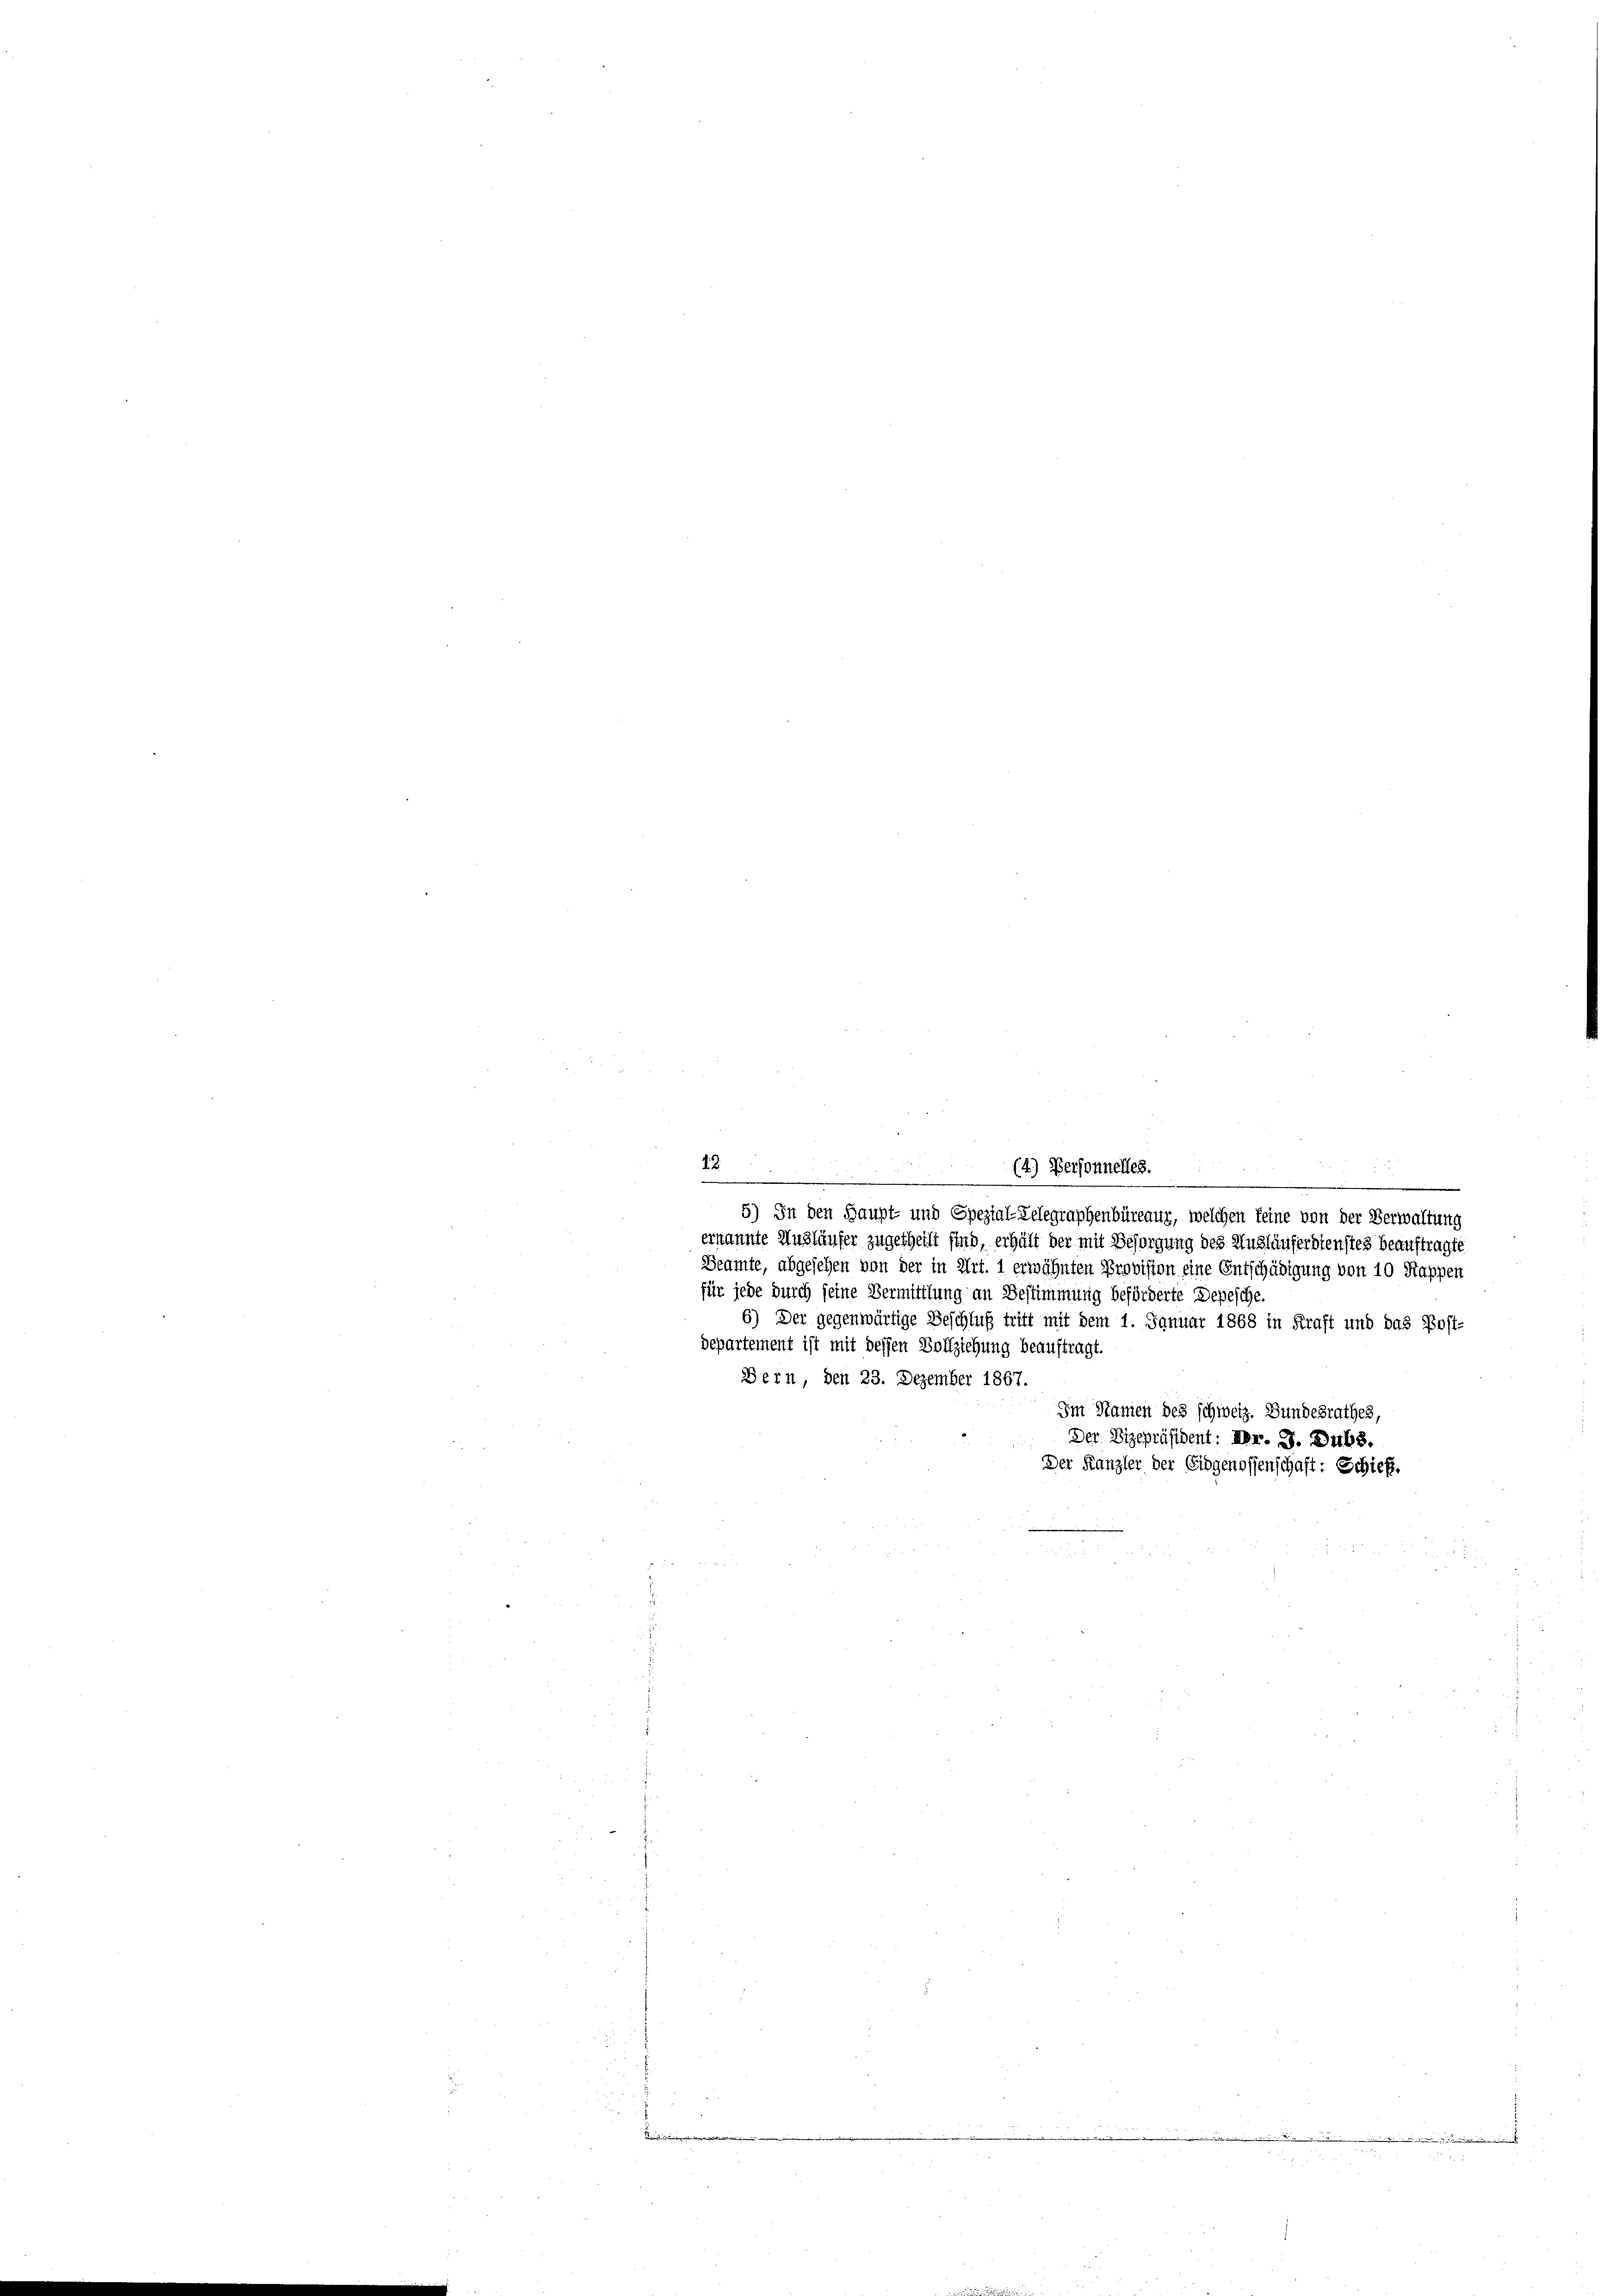
12
(4) Personnelles.

.
5) In den Haupt- und Spezial-Belegraphenbüreaur, welchen feine von der Verwaltung
erkannte Ausläufer zugetheilt find, erhält der mit Besorgung des Ausläuferdienstes beauftragte
Beamte, abgesehen von der in Art. 1 erwähnten Provision eine Entschädigung von 10 Rappen
für jede durch seine Vermittlung an Bestimmung beförderte Depesche
6) Der gegenwärtige Beschluß tritt mit dem 1. Januar 1868 in Kraft und das Post-
departement ist mit dessen Vollziehung beauftragt.
Bern, den 23. Dezember 1867.
Im Stanien des schweiz. Bundesrathes,
Der Vizepräsident: Dr. J. Dubs.
Der Kanzler der Eidgenossenschaft: Schieß¬